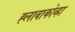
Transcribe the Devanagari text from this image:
ह्लावाकोव्हा